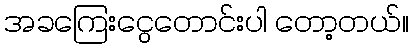
အခကြေးငွေတောင်းပါ တော့တယ်။